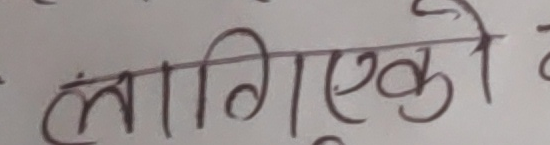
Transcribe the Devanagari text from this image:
लागिएको